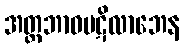
အတ္တဘာဝပဋိလာဘေန